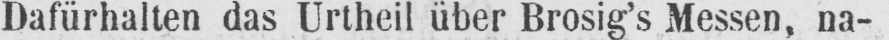
Dafürhalten das Urtheil über Brosig’s Messen, na-